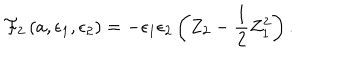
{ \cal F } _ { 2 } \left( a , \epsilon _ { 1 } , \epsilon _ { 2 } \right) = - \epsilon _ { 1 } \epsilon _ { 2 } \left( Z _ { 2 } - \frac { 1 } { 2 } Z _ { 1 } ^ { 2 } \right) .